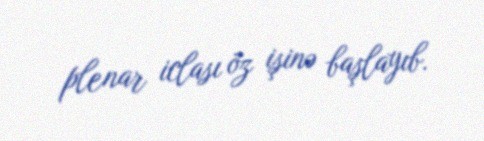
plenar iclası öz işinə başlayıb.